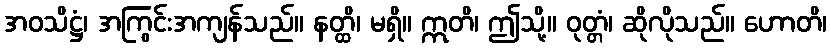
အဝသိဋ္ဌံ၊ အကြွင်းအကျန်သည်။ နတ္ထိ၊ မရှိ။ ဣတိ၊ ဤသို့။ ဝုတ္တံ၊ ဆိုလိုသည်။ ဟောတိ၊